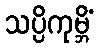
သပ္ပိကုမ္ဘိံ